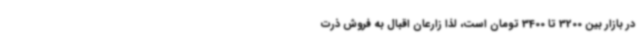
در بازار بین 3200 تا 3400 تومان است، لذا زارعان اقبال به فروش ذرت